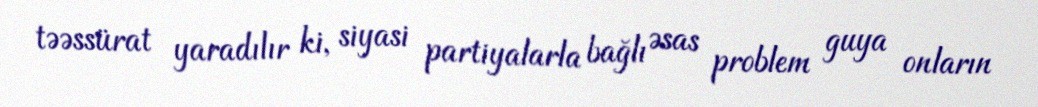
təəssürat yaradılır ki, siyasi partiyalarla bağlı əsas problem guya onların